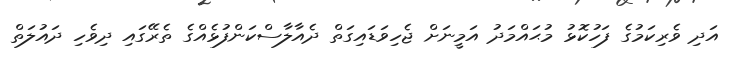
އަދި ވެރިކަމުގެ ފަހުކޮޅު މުޙައްމަދު އަމީނަށް ޖެހިވަޑައިގަތް ދެއާލާސްކަންފުޅެއްގެ ތެރޭގައި ދިވެހި ދައުލަތް